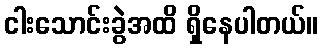
ငါးသောင်းခွဲအထိ ရှိနေပါတယ်။